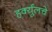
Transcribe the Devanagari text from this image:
हर्क्युलचे